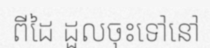
ពីដៃ ដួលចុះទៅនៅ